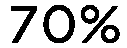
70%